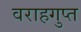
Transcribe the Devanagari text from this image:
वराहगुप्त